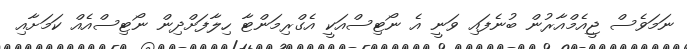
ނަމަވެސް ޖީއެމްއާރުން ބުނެފައި ވަނީ އެ ނޯޓިސްއަކީ އެގްރިމަންޓާ ހިލާފަށްދިން ނޯޓިސްއެއް ކަމަށާއި